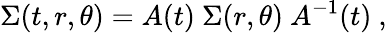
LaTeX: \Sigma(t,r,\theta)=A(t)\ \Sigma(r,\theta)\ A^{-1}(t)\ ,